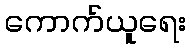
ကောက်ယူရေး